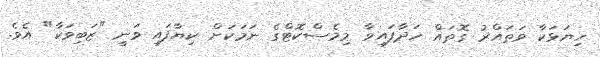
ހިޔަޅަކާ ވަތައްރު ގޮތައް ހަދާފައިވާ މިމެސްކޮޓްގެ ނަމަކަށް ކިޔާފައި ވަނީ "ޒަބިވަކާ" އެވެ.